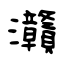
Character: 灨